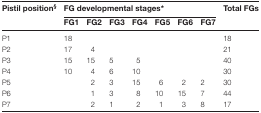
<table><thead><tr><td rowspan="2"><b>Pistil position<sup>§</sup></b></td><td colspan="7"><b>FG developmental stages*</b></td><td rowspan="2"><b>Total FGs</b></td></tr><tr><td><b>FG1</b></td><td><b>FG2</b></td><td><b>FG3</b></td><td><b>FG4</b></td><td><b>FG5</b></td><td><b>FG6</b></td><td><b>FG7</b></td></tr></thead><tbody><tr><td>P1</td><td>18</td><td></td><td></td><td></td><td></td><td></td><td></td><td>18</td></tr><tr><td>P2</td><td>17</td><td>4</td><td></td><td></td><td></td><td></td><td></td><td>21</td></tr><tr><td>P3</td><td>15</td><td>15</td><td>5</td><td>5</td><td></td><td></td><td></td><td>40</td></tr><tr><td>P4</td><td>10</td><td>4</td><td>6</td><td>10</td><td></td><td></td><td></td><td>30</td></tr><tr><td>P5</td><td></td><td>2</td><td>3</td><td>15</td><td>6</td><td>2</td><td>2</td><td>30</td></tr><tr><td>P6</td><td></td><td>1</td><td>3</td><td>8</td><td>10</td><td>15</td><td>7</td><td>44</td></tr><tr><td>P7</td><td></td><td>2</td><td>1</td><td>2</td><td>1</td><td>3</td><td>8</td><td>17</td></tr></tbody></table>